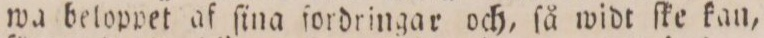
wa beloppet af ſina fordringar och, ſå widt ſke kan,